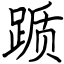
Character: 踬